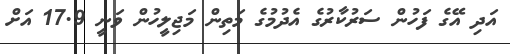
އަދި އޭގެ ފަހުން ސަރުކާރުގެ އެދުމުގެ މަތިން މަޖިލީހުން ވަނީ 17.9 އަށް